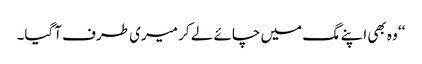
‘‘ وہ بھی اپنے مگ میں چائے لے کر میری طرف آگیا۔